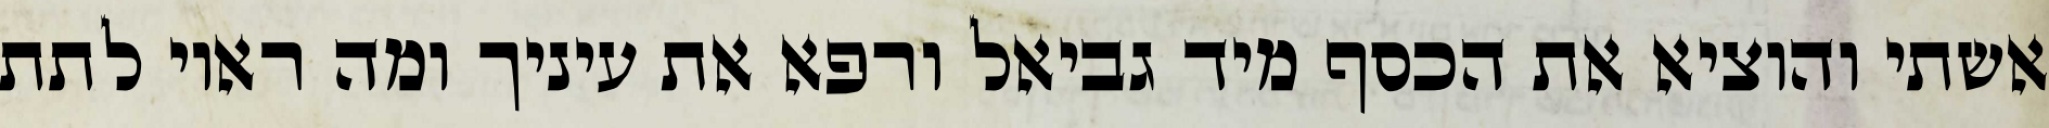
אשתי והוציא את הכסף מיד גביאל ורפא את עיניך ומה ראוי לתת